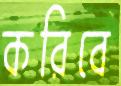
করিবে